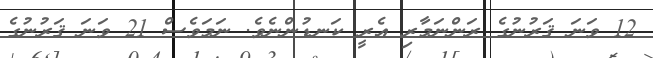
12 ވަނަ ޤަރުނުގެ ރަންނަމާރި އެރީ ކަނޑުންނެވެ. ނަމަވެސް 21 ވަނަ ޤަރުނުގެ